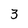
Character: 3